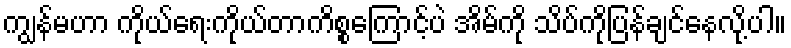
ကျွန်မဟာ ကိုယ်ရေးကိုယ်တာကိစ္စကြောင့်ပဲ အိမ်ကို သိပ်ကိုပြန်ချင်နေလို့ပါ။